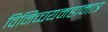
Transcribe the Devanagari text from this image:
विनिच्चयमहामात्र